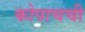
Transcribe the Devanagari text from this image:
कोपाचची